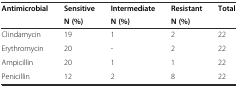
<table><thead><tr><td><b>Antimicrobial</b></td><td><b>Sensitive</b></td><td><b>Intermediate</b></td><td><b>Resistant</b></td><td><b>Total</b></td></tr><tr><td></td><td><b>N (%)</b></td><td><b>N (%)</b></td><td><b>N (%)</b></td><td></td></tr></thead><tbody><tr><td>Clindamycin</td><td>19</td><td>1</td><td>2</td><td>22</td></tr><tr><td>Erythromycin</td><td>20</td><td>-</td><td>2</td><td>22</td></tr><tr><td>Ampicillin</td><td>20</td><td>1</td><td>1</td><td>22</td></tr><tr><td>Penicillin</td><td>12</td><td>2</td><td>8</td><td>22</td></tr></tbody></table>